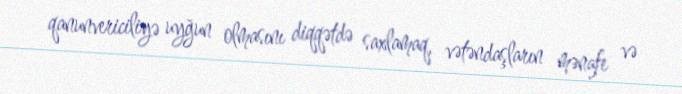
qanunvericiliyə uyğun olmasını diqqətdə saxlamaq, vətəndaşların mənafe və